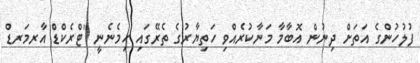
ފުލުހުންގެ އަތަށް ދިނުން އޮބާމާ މަނާކުރެއްވި ހަތިޔާރުގެ ތެރޭގައި ހިމެނެނީ "ޓްރެކްޑް އާރމަރޑް